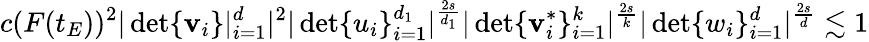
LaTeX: c(F(t_{E}))^{2}|\operatorname*{det}\{ \mathbf{v}_{i}\} |_{i=1}^{d}|^{2}|\operatorname*{det}\{ u_{i}\} _{i=1}^{d_{1}}|^{\frac{{2s}}{{d_{1}}}}|\operatorname*{det}\{ \mathbf{v}_{i}^{*}\} _{i=1}^{k}|^{\frac{{2s}}{{k}}}|\operatorname*{det}\{ w_{i}\} _{i=1}^{d}|^{\frac{{2s}}{{d}}}\lesssim1